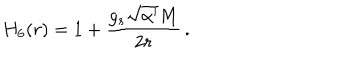
H _ { 6 } ( r ) = 1 + \frac { g _ { s } \sqrt { \alpha ^ { \prime } } M } { 2 r } \, .